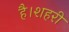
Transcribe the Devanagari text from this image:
है।शहरी